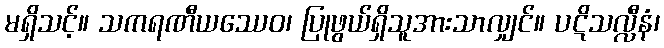
မရှိသင့်။ သကရဏီယဿေဝ၊ ပြုဖွယ်ရှိသူအားသာလျှင်။ ပဋိသလ္လီနံ၊